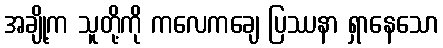
အချို့က သူတို့ကို ကလေကချေ ပြဿနာ ရှာနေသော